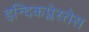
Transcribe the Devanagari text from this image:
इन्दिकप्लेस्तेस